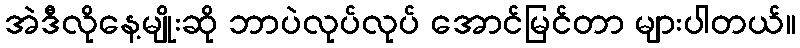
အဲဒီလိုနေ့မျိုးဆို ဘာပဲလုပ်လုပ် အောင်မြင်တာ များပါတယ်။